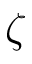
\zeta